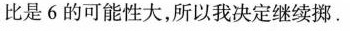
比是6的可能性大，所以我决定继续挪。